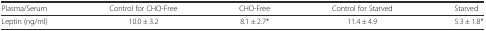
| Plasma/Serum | Control for CHO-Free | CHO-Free | Control for Starved | Starved |
 | --- | --- | --- | --- | --- |
 | Leptin (ng/ml) | 10.0 ± 3.2 | 8.1 ± 2.7* | 11.4 ± 4.9 | 5.3 ± 1.8* |